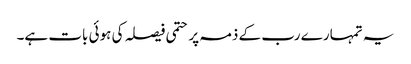
یہ تمہارے رب کے ذمہ پر حتمی فیصلہ کی ہوئی بات ہے۔